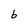
Character: b